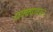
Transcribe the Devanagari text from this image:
धक्क्यावरून